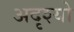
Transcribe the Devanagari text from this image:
अदृश्यो